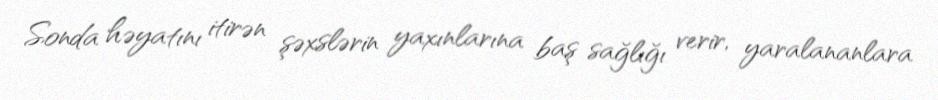
Sonda həyatını itirən şəxslərin yaxınlarına baş sağlığı verir, yaralananlara